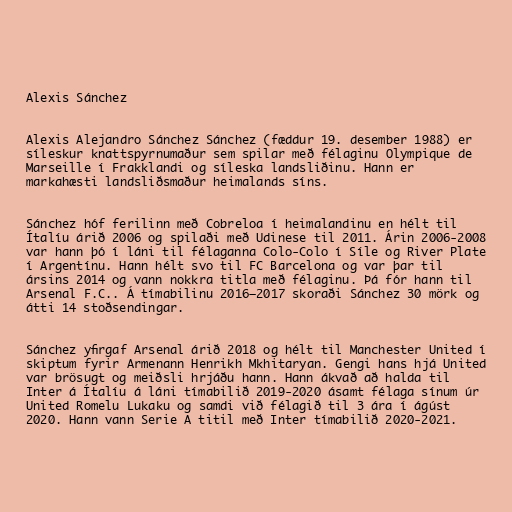
Alexis Sánchez

Alexis Alejandro Sánchez Sánchez (fæddur 19. desember 1988) er
síleskur knattspyrnumaður sem spilar með félaginu Olympique de
Marseille í Frakklandi og síleska landsliðinu. Hann er
markahæsti landsliðsmaður heimalands síns.

Sánchez hóf ferilinn með Cobreloa í heimalandinu en hélt til
Ítalíu árið 2006 og spilaði með Udinese til 2011. Árin 2006-2008
var hann þó í láni til félaganna Colo-Colo í Síle og River Plate
í Argentínu. Hann hélt svo til FC Barcelona og var þar til
ársins 2014 og vann nokkra titla með félaginu. Þá fór hann til
Arsenal F.C.. Á tímabilinu 2016–2017 skoraði Sánchez 30 mörk og
átti 14 stoðsendingar.

Sánchez yfirgaf Arsenal árið 2018 og hélt til Manchester United í
skiptum fyrir Armenann Henrikh Mkhitaryan. Gengi hans hjá United
var brösugt og meiðsli hrjáðu hann. Hann ákvað að halda til
Inter á Ítalíu á láni tímabilið 2019-2020 ásamt félaga sínum úr
United Romelu Lukaku og samdi við félagið til 3 ára í ágúst
2020. Hann vann Serie A titil með Inter tímabilið 2020-2021.